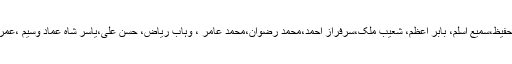
شرجیل خان ،محمد حفیظ،سمیع اسلم، بابر اعظم، شعیب ملک،سرفراز احمد،محمد رضوان،محمد عامر ، وہاب ریاض، حسن علی،یاسر شاہ عماد وسیم ،عمر گُل اور محمد نواز۔